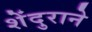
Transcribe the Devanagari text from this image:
शेंदुराने